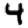
Digit: 4